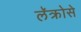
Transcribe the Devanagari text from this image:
लॅक्रोसे